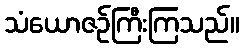
သံယောဇဉ်ကြီးကြသည်။